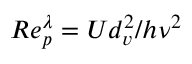
R e _ { p } ^ { \lambda } = U d _ { v } ^ { 2 } / h \nu ^ { 2 }